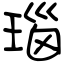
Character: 瑙